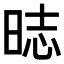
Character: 𣇌